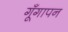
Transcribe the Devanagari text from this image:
गूँगापन